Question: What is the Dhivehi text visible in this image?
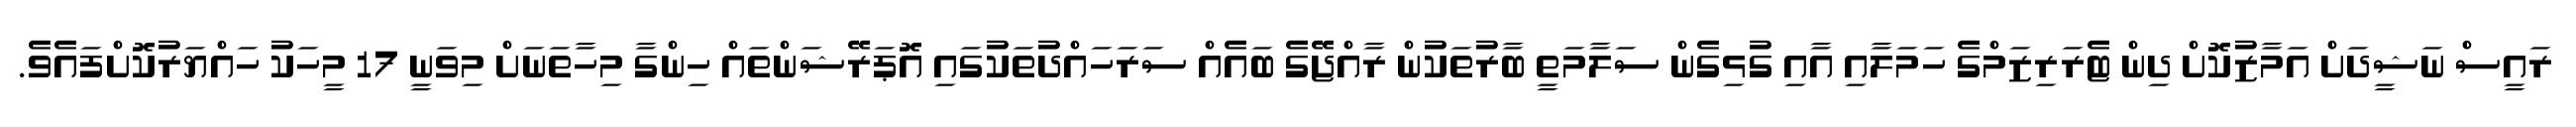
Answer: ރައީސް ނަޝީދަށް އަމާޒުކޮށް ދިން ޓެރަރިޒަމްގެ ހަމަލާއި އާއި ގުޅިގެން ސަލާމަތީ ބާރުތަކުން ރާއްޖޭގެ ބައެއް ސަރަހައްދުތަކުގައި އޮޕަރޭޝަންތައް ހިންގާ މިހާތަނަށް މިވަނީ 17 މީހަކު ހައްޔަރުކޮށްފައެވެ.